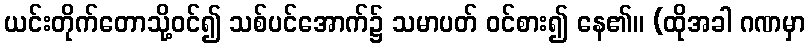
ယင်းတိုက်တောသို့ဝင်၍ သစ်ပင်အောက်၌ သမာပတ် ဝင်စား၍ နေ၏။ (ထိုအခါ ဂဏမှာ